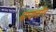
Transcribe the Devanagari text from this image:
मायलॉन